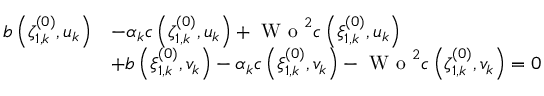
\begin{array} { r l } { b \left( \zeta _ { 1 , k } ^ { ( 0 ) } , u _ { k } \right) } & { - \alpha _ { k } c \left( \zeta _ { 1 , k } ^ { ( 0 ) } , u _ { k } \right) + \textrm { W o } ^ { 2 } c \left( \xi _ { 1 , k } ^ { ( 0 ) } , u _ { k } \right) } \\ & { + b \left( \xi _ { 1 , k } ^ { ( 0 ) } , v _ { k } \right) - \alpha _ { k } c \left( \xi _ { 1 , k } ^ { ( 0 ) } , v _ { k } \right) - \textrm { W o } ^ { 2 } c \left( \zeta _ { 1 , k } ^ { ( 0 ) } , v _ { k } \right) = 0 } \end{array}